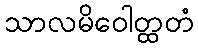
သာလမိဝေါတ္ထတံ